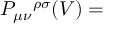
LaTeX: { \cal P } _ { \mu \nu } { } ^ { \rho \sigma } ( V ) =